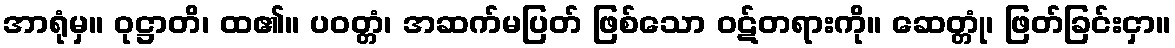
အာရုံမှ။ ဝုဋ္ဌာတိ၊ ထ၏။ ပဝတ္တံ၊ အဆက်မပြတ် ဖြစ်သော ဝဋ်တရားကို။ ဆေတ္တုံ၊ ဖြတ်ခြင်းငှာ။